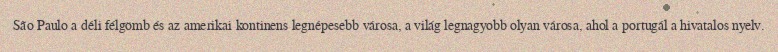
São Paulo a déli félgömb és az amerikai kontinens legnépesebb városa, a világ legnagyobb olyan városa, ahol a portugál a hivatalos nyelv.